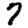
Digit: 7